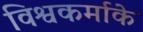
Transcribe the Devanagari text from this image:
विश्वकर्माके